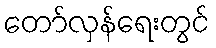
တော်လှန်ရေးတွင်